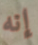
إنه